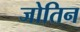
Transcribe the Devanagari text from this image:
जोतिन